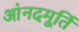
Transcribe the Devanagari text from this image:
आंनदमूर्ति